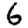
Digit: 6